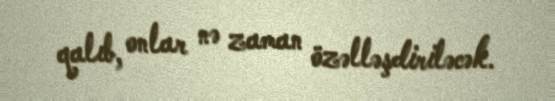
qalıb, onlar nə zaman özəlləşdiriləcək.